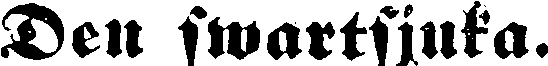
Den swartsjuka.